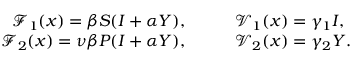
\begin{array} { r l } { \mathcal { F } _ { 1 } ( x ) = \beta S ( I + \alpha Y ) , } & { { } \qquad \mathcal { V } _ { 1 } ( x ) = \gamma _ { 1 } I , } \\ { \mathcal { F } _ { 2 } ( x ) = \nu \beta P ( I + \alpha Y ) , } & { { } \qquad \mathcal { V } _ { 2 } ( x ) = \gamma _ { 2 } Y . } \end{array}